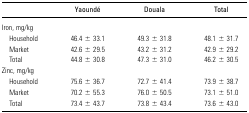
|  | Yaoundé | Douala | Total |
 | --- | --- | --- | --- |
 | Iron, mg/kg |  |  |  |
 | Household | 46.4 ± 33.1 | 49.3 ± 31.8 | 48.1 ± 31.7 |
 | Market | 42.6 ± 29.5 | 43.2 ± 31.2 | 42.9 ± 29.2 |
 | Total | 44.8 ± 30.8 | 47.3 ± 31.0 | 46.2 ± 30.5 |
 | Zinc, mg/kg |  |  |  |
 | Household | 75.6 ± 36.7 | 72.7 ± 41.4 | 73.9 ± 38.7 |
 | Market | 70.2 ± 55.3 | 76.0 ± 50.5 | 73.1 ± 51.0 |
 | Total | 73.4 ± 43.7 | 73.8 ± 43.4 | 73.6 ± 43.0 |